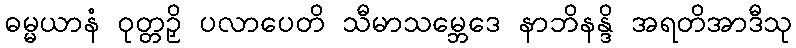
ဓမ္မယာနံ ဝုတ္တဉှိ ပလာပေတိ သီမာသမ္ဘေဒေ နာဘိနန္ဒိ အရတိအာဒီသု